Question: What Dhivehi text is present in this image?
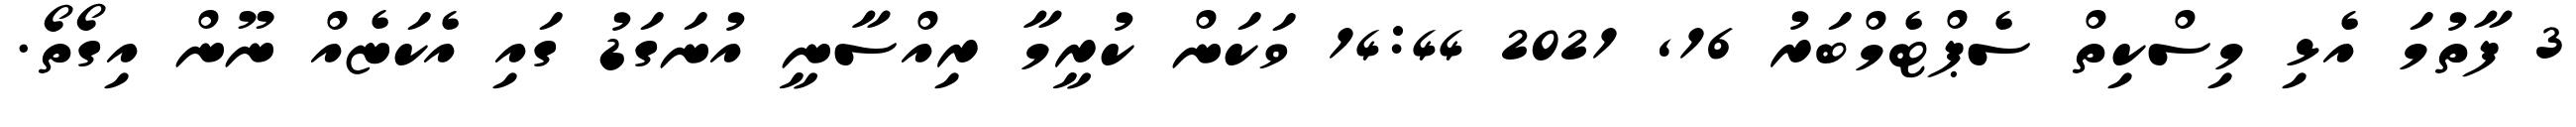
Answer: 3 ފާތުމަ އެޅި މިސްކިތް ސެޕްޓެމްބަރު 16, 2021 14:44 ވަކަން ކުރީމާ ރިއްސާނީ އުނަގަޑު ގައި އެކަޏެއް ނޫން އިގޯތޯ.